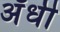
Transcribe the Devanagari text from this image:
अँधी